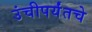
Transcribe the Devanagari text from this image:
उंचीपर्यंतचे